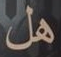
هل